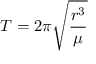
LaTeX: T = 2 \pi { \sqrt { \frac { r ^ { 3 } } { \mu } } }